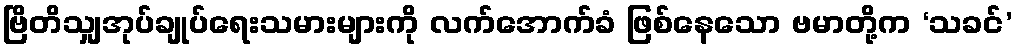
ဗြိတိသျှအုပ်ချုပ်ရေးသမားများကို လက်အောက်ခံ ဖြစ်နေသော ဗမာတို့က ‘သခင်’